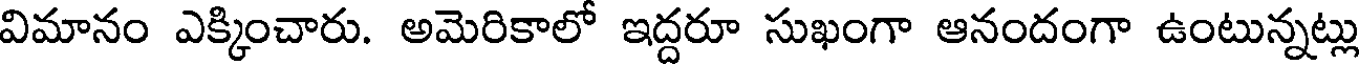
విమానం ఎక్కించారు. అమెరికాలో ఇద్దరూ సుఖంగా ఆనందంగా ఉంటున్నట్లు